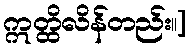
ဣတ္ထိလိန်တည်း။]